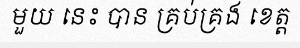
មួយ នេះ បាន គ្រប់គ្រង ខេត្ត